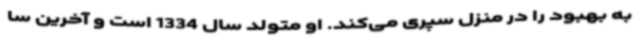
به بهبود را در منزل سپری می‌کند. او متولد سال 1334 است و آخرین سا